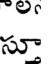
సూ